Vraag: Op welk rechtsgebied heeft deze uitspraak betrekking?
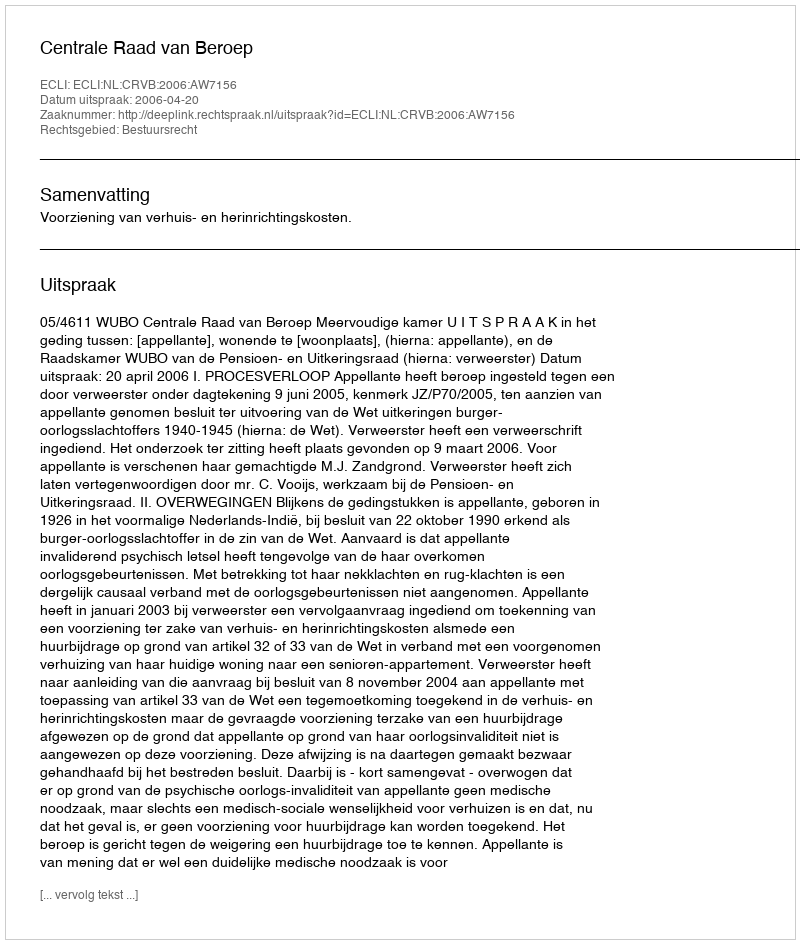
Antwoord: Bestuursrecht